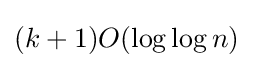
(k+1)O(\log \log n)